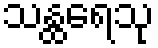
သန္ထရေသု